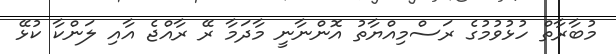
މުބާރާތް ހުޅުވުމުގެ ރަސްމިއްޔާތު އޮންނާނީ މާދަމާ ރޭ ރާއްޖެ އާއި ލަންކާ ކުޅޭ